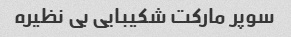
سوپر مارکت شکیبایی بی نظیره